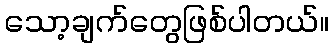
သော့ချက်တွေဖြစ်ပါတယ်။